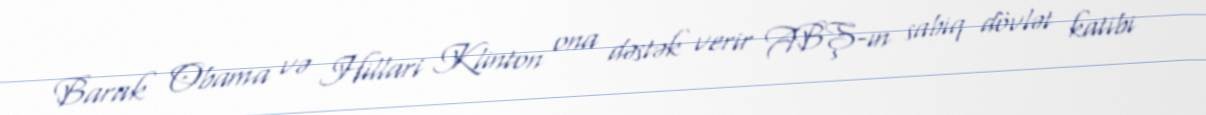
Barak Obama və Hillari Klinton ona dəstək verir ABŞ-ın sabiq dövlət katibi